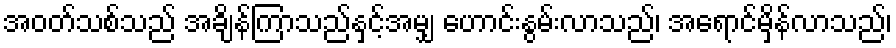
အဝတ်သစ်သည် အချိန်ကြာသည်နှင့်အမျှ ဟောင်းနွမ်းလာသည်၊ အရောင်မှိန်လာသည်၊